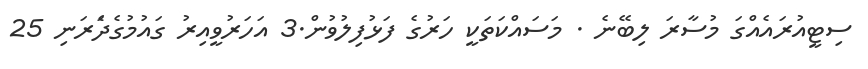
ސިޓީއުރައެއްގަ މުސާރަ ލިބޭނެ . މަސައްކަތަކީ ހަރުގެ ފަޅުފިލުވުން.3 އަހަރުވީއިރު ގައުމުގެދަެރަނި 25